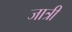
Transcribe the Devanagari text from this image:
जात्री